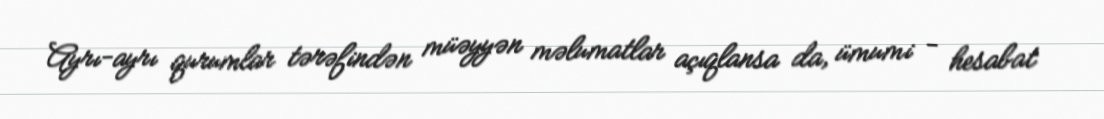
Ayrı-ayrı qurumlar tərəfindən müəyyən məlumatlar açıqlansa da, ümumi - hesabat